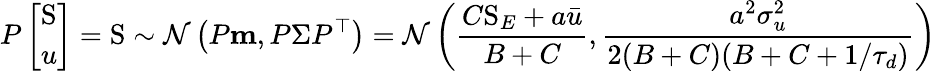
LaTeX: P\left[\begin{array}{l}{\mathrm{S}}\\ {u}\end{array}\right]=\mathrm{S}\sim\mathcal{N}\left(P\mathbf{m},P\Sigma P^{\top}\right)=\mathcal{N}\left(\frac{C\mathrm{S}_{E}+a\bar{u}}{B+C},\frac{a^{2}\sigma_{u}^{2}}{2(B+C)(B+C+1/\tau_{d})}\right)